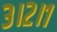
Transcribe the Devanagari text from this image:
३।२।१